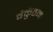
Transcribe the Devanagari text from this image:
वैकुंठम